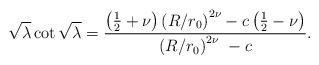
LaTeX: \begin{align*}\sqrt{\lambda}\cot\sqrt{\lambda}=\frac{\left( \frac{1}{2}+\nu\right) \left( R/r_{0}\right) ^{2\nu}-c\left( \frac{1}{2}-\nu\right) }{\left( R/r_{0}\right) ^{2\nu\ }-c}.\end{align*}